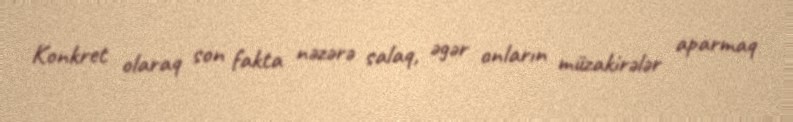
Konkret olaraq son fakta nəzərə salaq, əgər onların müzakirələr aparmaq